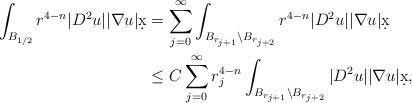
LaTeX: \begin{align*}\int_{B_{1/2}} r^{4-n} |D^2 u| |\nabla u| \d x &= \sum_{j = 0}^{\infty} \int_{B_{r_{j+1}} \setminus B_{r_{j+2}}} r^{4-n} |D^2 u| |\nabla u| \d x\\& \leq C \sum_{j = 0}^{\infty} r_j^{4-n} \int_{B_{r_{j+1}} \setminus B_{r_{j+2}}} |D^2 u| |\nabla u| \d x,\end{align*}